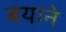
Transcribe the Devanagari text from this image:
बयाने